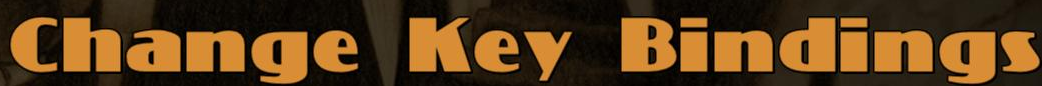
Change Key Bindings